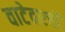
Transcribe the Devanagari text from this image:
वाटेवरची